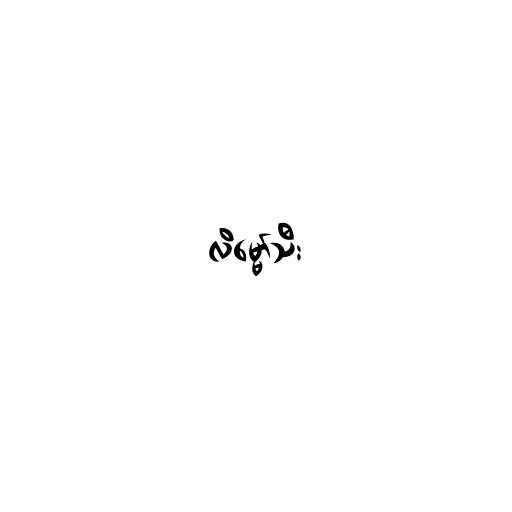
လိမ္မော်သီး